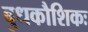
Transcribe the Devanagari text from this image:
बुधकौशिकः